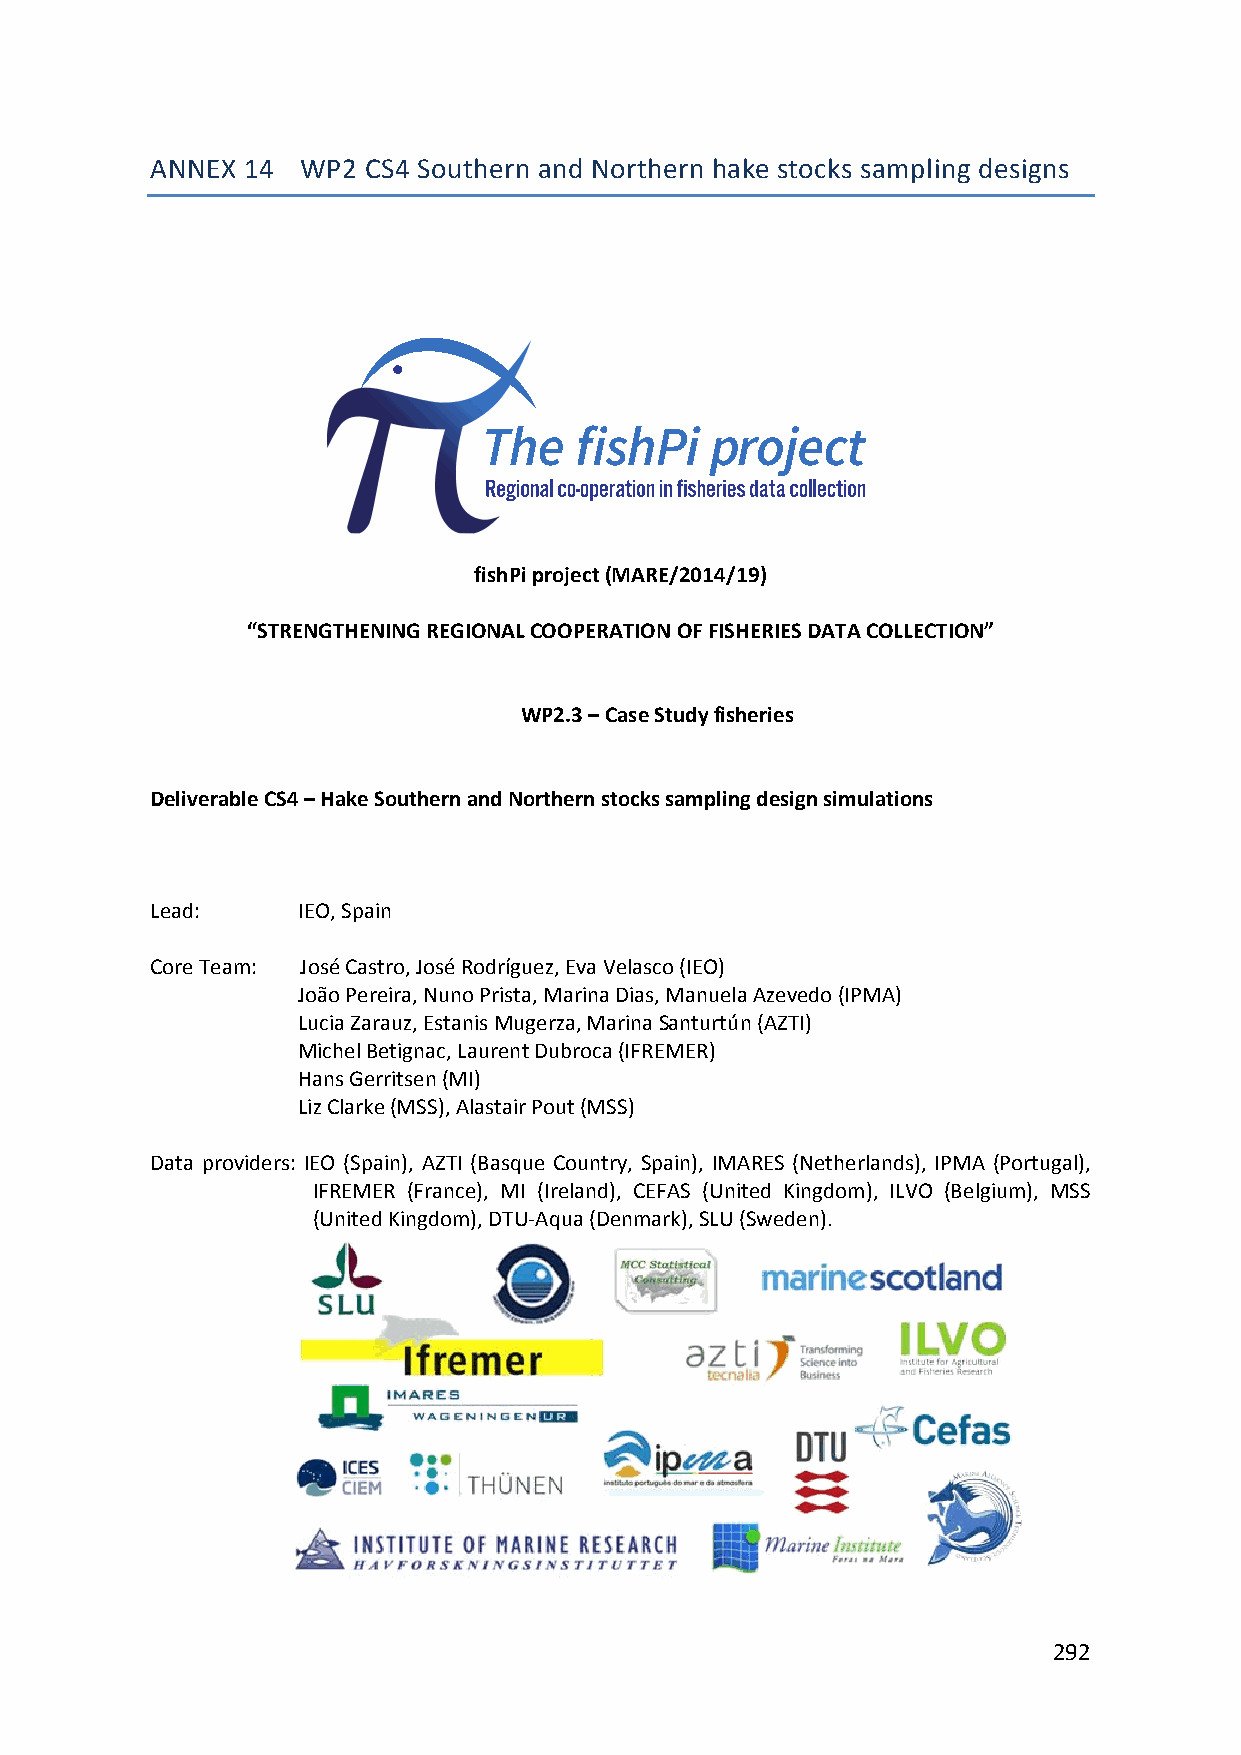
ANNEX 14  WP2 CS4 Southern and Northern hake stocks sampling designs
 fishPi project (MARE/2014/19)
 “STRENGTHENING REGIONAL COOPERATION OF FISHERIES DATA COLLECTION”
 WP2.3 – Case Study fisheries
 Deliverable CS4 – Hake Southern and Northern stocks sampling design simulations
 Lead:     IEO, Spain
 Core Team: José Castro, José Rodríguez, Eva Velasco (IEO)
 João Pereira, Nuno Prista, Marina Dias, Manuela Azevedo (IPMA)
 Lucia Zarauz, Estanis Mugerza, Marina Santurtún (AZTI)
 Michel Betignac, Laurent Dubroca (IFREMER)
 Hans Gerritsen (MI)
 Liz Clarke (MSS), Alastair Pout (MSS)
 Data providers: IEO (Spain), AZTI (Basque Country, Spain), IMARES (Netherlands), IPMA (Portugal),
 IFREMER (France), MI (Ireland), CEFAS (United Kingdom), ILVO (Belgium), MSS
 (United Kingdom), DTU‐Aqua (Denmark), SLU (Sweden).
 292